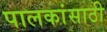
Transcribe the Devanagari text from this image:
पालकांसाठी